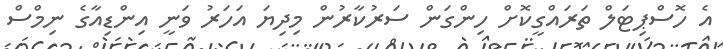
އެ ހޮސްޕިޓަލް ތަރައްގީކޮށް ހިންގަން ސަރުކާރުން މިދިޔަ އަހަރު ވަނީ އިންޑިއާގެ ނިމްސް